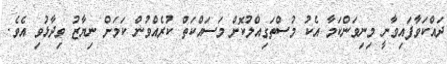
ދައްކަވާފައިވާނީ މިނިވަންކަމާ އެކު މުސްތަގިއްލުކޮށް މަސައްކަތް ކުރެއްވުން ކަމަށް ނިޔާޒު ވިދާޅުވި އެވެ.